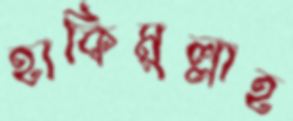
হাকিমুল্লাহ